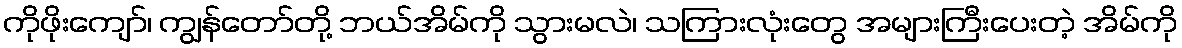
ကိုဖိုးကျော်၊ ကျွန်တော်တို့ ဘယ်အိမ်ကို သွားမလဲ၊ သကြားလုံးတွေ အများကြီးပေးတဲ့ အိမ်ကို